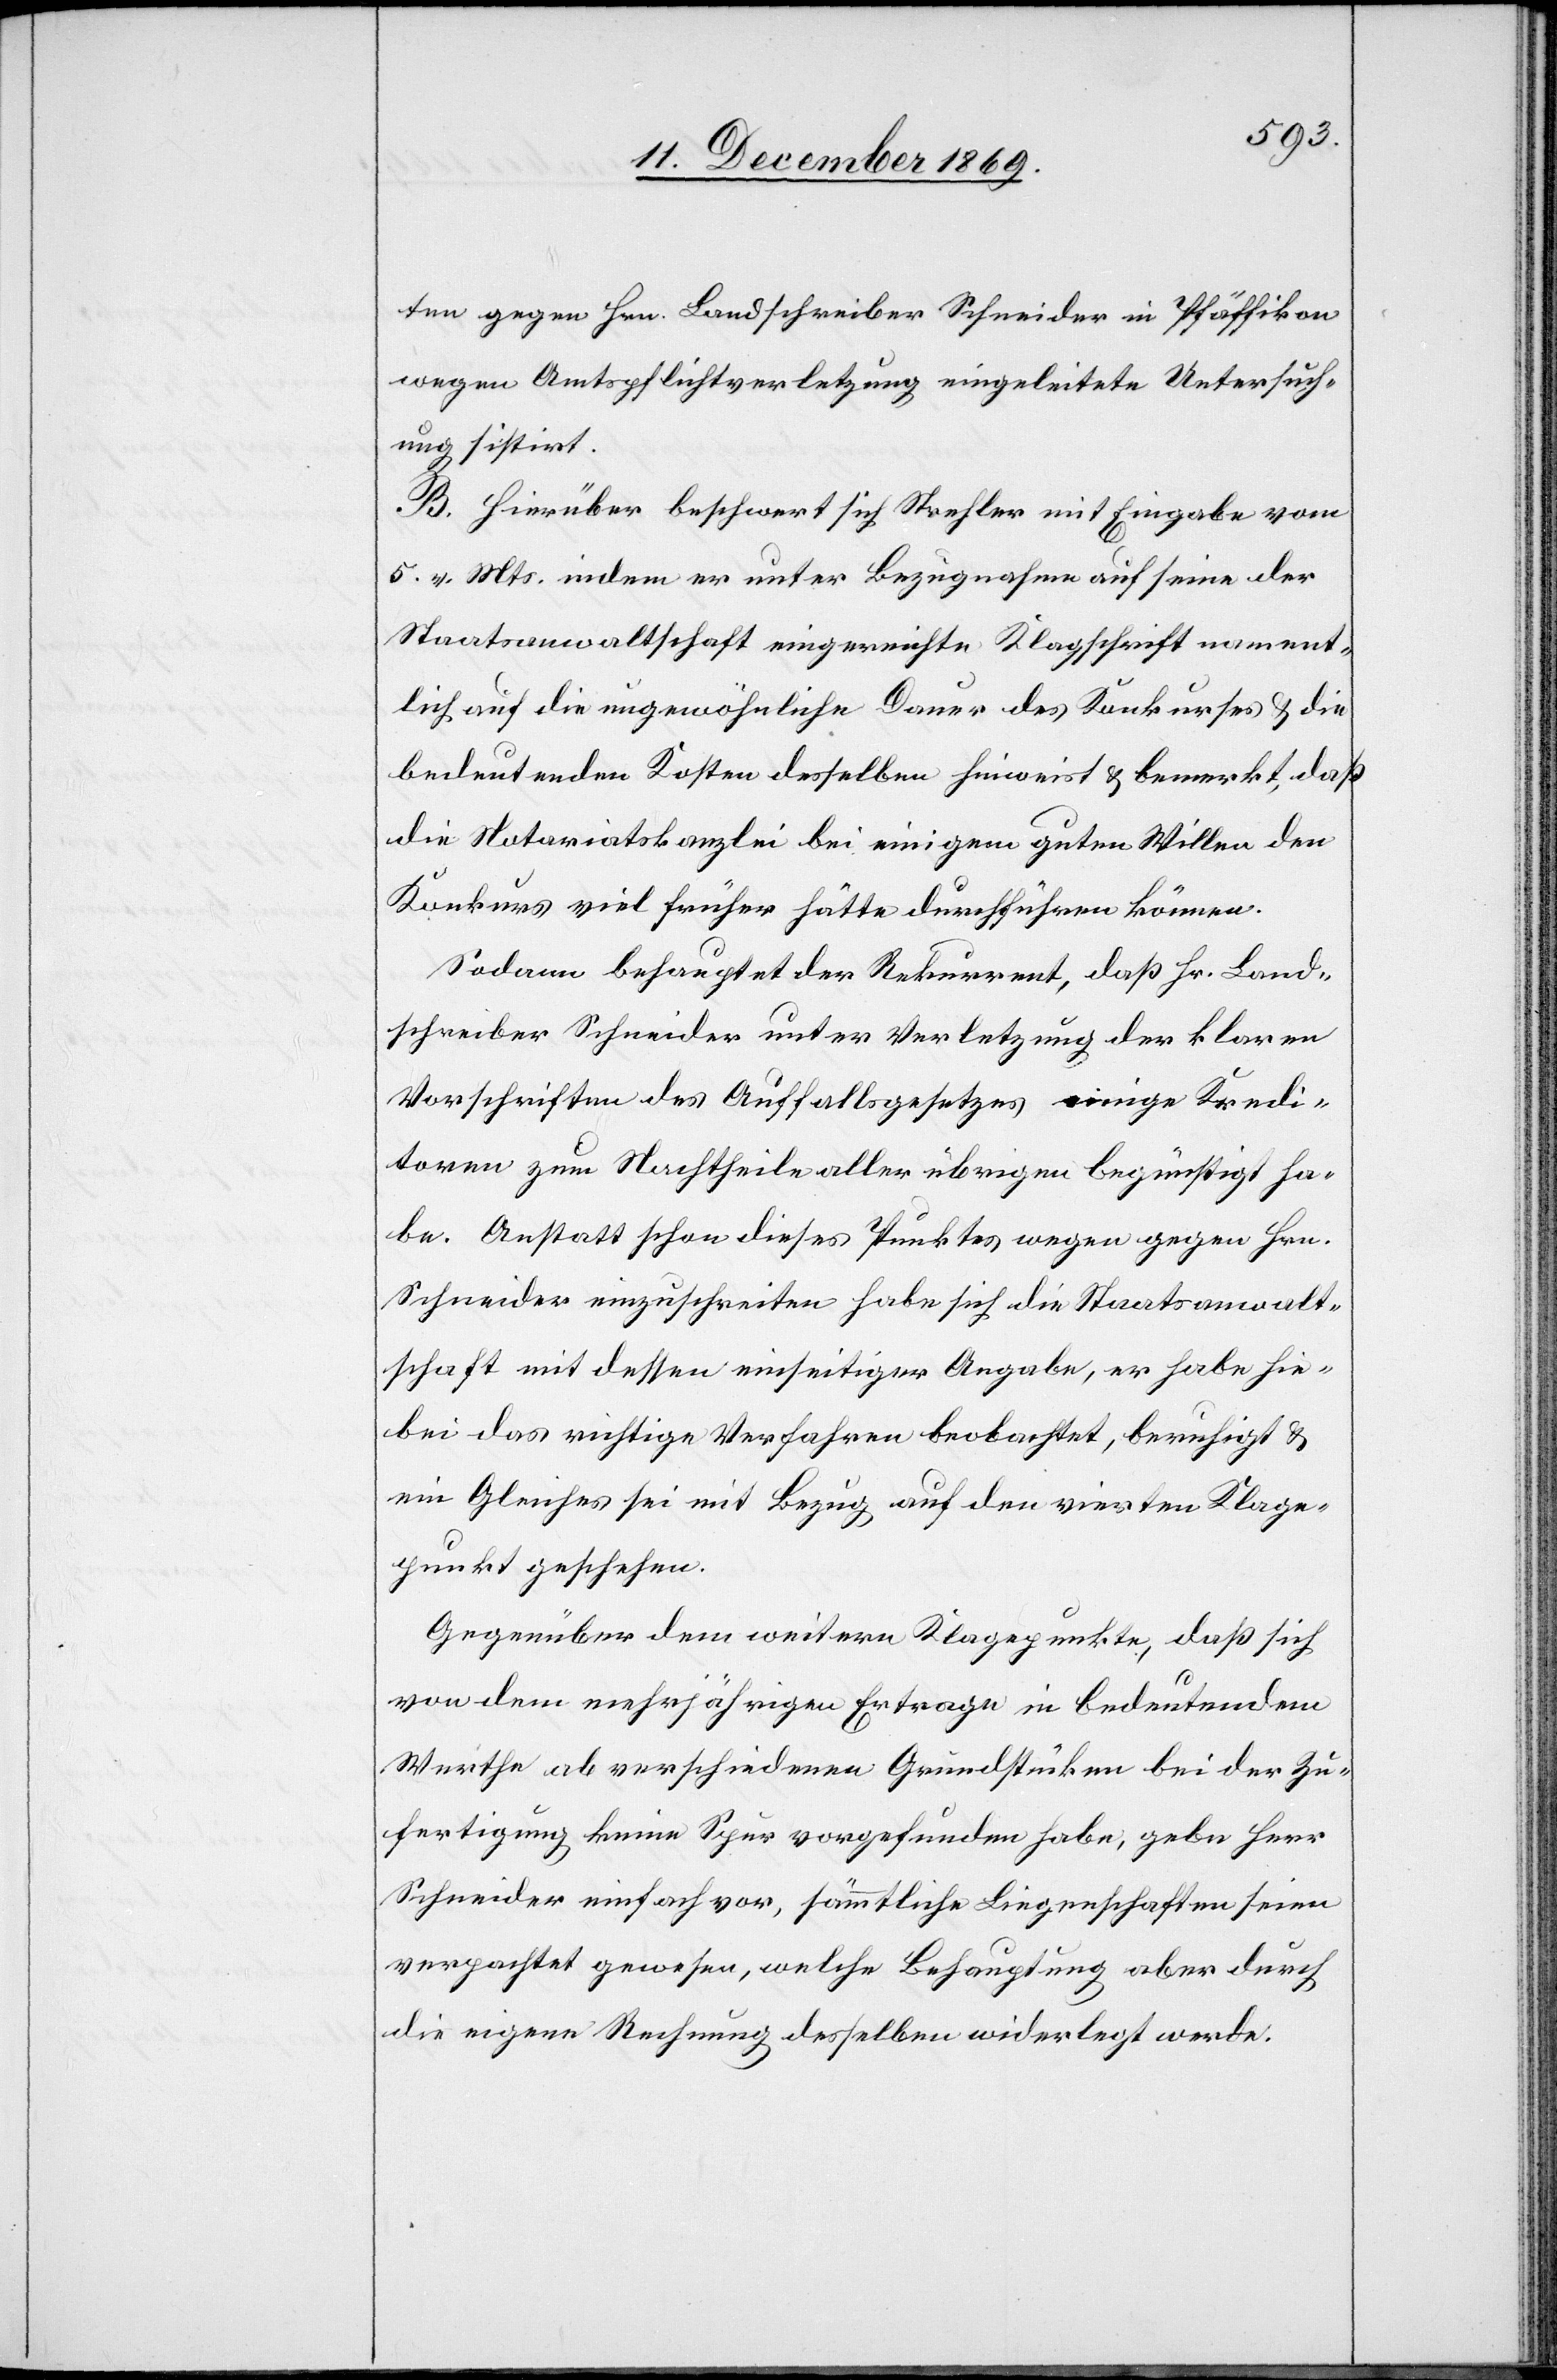
ten gegen Hrn. Landschreiber Schneider in Pfäffikon
wegen Amtspflichtverletzung eingeleitete Untersuch¬
ung sistirt.
B. Hierüber beschwert sich Strehler mit Eingabe vom
5. v. Mts. indem er unter Bezugnahme auf seine der
Staatsanwaltschaft eingereichte Klagschrift nament¬
lich auf die ungewöhnliche Dauer des Konkurses & die
bedeutenden Kosten desselben hinweist & bemerkt, daß
die Notariatskanzlei bei einigem guten Willen den
Konkurs viel früher hätte durchführen können.
Sodann behauptet der Rekurrent, daß Hr. Land¬
schreiber Schneider unter Verletzung der klaren
Vorschriften des Auffallsgesetzes einige Kredi¬
toren zum Nachtheile aller übrigen begünstigt ha¬
be. Anstatt schon dieses Punktes wegen gegen Hrn.
Schneider einzuschreiten habe sich die Staatsanwalt¬
schaft mit dessen einseitiger Angabe, er habe hie¬
bei das richtige Verfahren beobachtet, beruhigt &
ein Gleiches sei mit Bezug auf den vierten Klage¬
punkt geschehen.
Gegenüber dem weitern Klagepunkte, daß sich
von dem mehrjährigen Ertrage in bedeutendem
Werthe ab verschiedenen Grundstücken bei der Zu¬
fertigung keine Spur vorgefunden habe, gebe Herr
Schneider einfach vor, sämmtliche Liegenschaften seien
verpachtet gewesen, welche Behauptung aber durch
die eigene Rechnung desselben widerlegt werde.